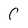
Character: C